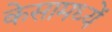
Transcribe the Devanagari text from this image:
केसामध्यें